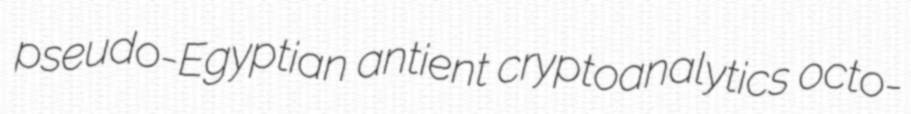
pseudo-Egyptian antient cryptoanalytics octo-